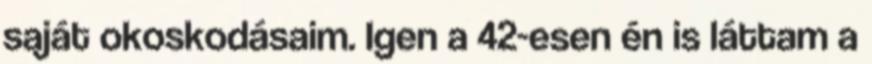
saját okoskodásaim. Igen a 42-esen én is láttam a